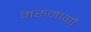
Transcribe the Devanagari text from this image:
मरुमार्गों